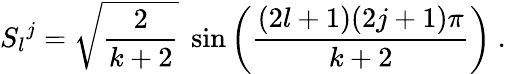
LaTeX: S_{l}{}^{j}=\sqrt{\frac{2}{k+2}}\; \sin\left(\frac{(2l+1)(2j+1)\pi}{k+2}\right)\ .